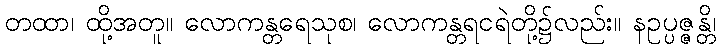
တထာ၊ ထို့အတူ။ လောကန္တရေသုစ၊ လောကန္တရငရဲတို့၌လည်း။ နဥပ္ပဇ္ဇန္တိ၊